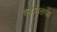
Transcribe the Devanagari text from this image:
हडमतया